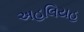
અહલિયહ